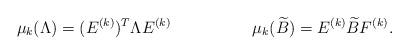
LaTeX: \begin{align*}\mu_{k}(\Lambda)=(E^{(k)})^{T}\Lambda E^{(k)} & & \mu_{k}(\widetilde{B})=E^{(k)}\widetilde{B}F^{(k)}.\end{align*}